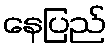
နေပြည်